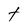
Character: t